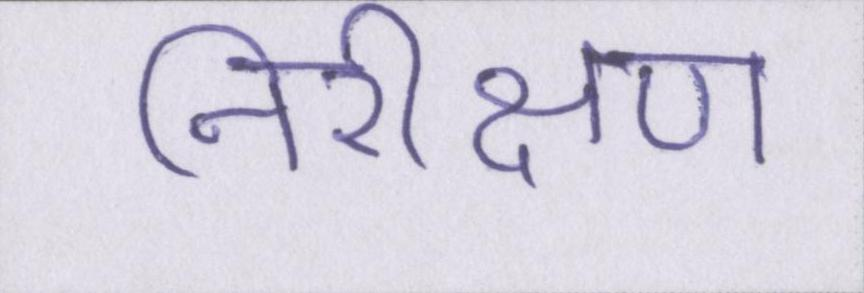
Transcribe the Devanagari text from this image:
निरीक्षण